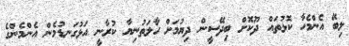
ލިބޭ އެންމެހާ ކޮޅުތައް ދޫކޮށް ބިދޭސީން ދިޔުމަށް ހާލަތުނިޔާ ކުރާނީ އަޅުގަނޑުމެން އެންމެންގެ